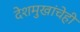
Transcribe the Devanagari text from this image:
देशमुखांचेही